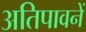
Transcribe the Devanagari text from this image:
अतिपावनें